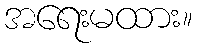
အရေးမထား။